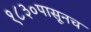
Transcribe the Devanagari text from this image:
१८३०पासूनच